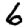
Digit: 6